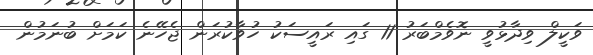
ވަކީލް ވިދާޅުވީ ނޮވެމްބަރު 11 ގައި ރައީސަކު ހުވާކުރަން ޖެހޭނެ ކަމަށް ބުނަމުން